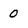
Character: 0